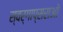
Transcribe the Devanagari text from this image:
स्वर्गाप्सराओं